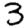
Digit: 3